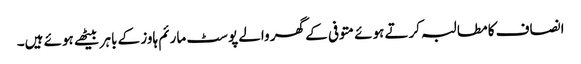
انصاف کا مطالبہ کرتے ہوئے متوفی کے گھر والے پوسٹ مارئم ہاوز کے باہر بیٹھے ہوئے ہیں۔